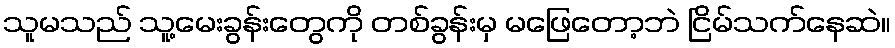
သူမသည် သူ့မေးခွန်းတွေကို တစ်ခွန်းမှ မဖြေတော့ဘဲ ငြိမ်သက်နေဆဲ။